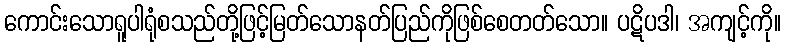
ကောင်းသောရူပါရုံစသည်တို့ဖြင့်မြတ်သောနတ်ပြည်ကိုဖြစ်စေတတ်သော။ ပဋိပဒါ၊ အကျင့်ကို။